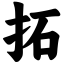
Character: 拓